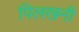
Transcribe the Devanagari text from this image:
पिलखनी